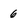
Character: 6